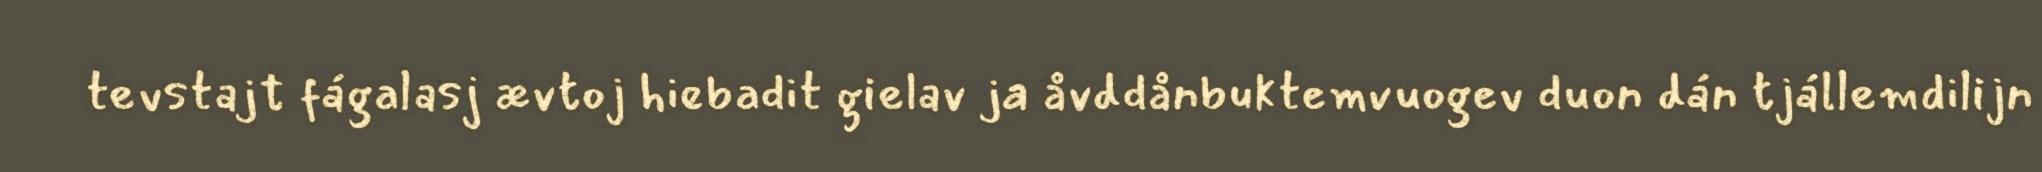
tevstajt fágalasj ævtoj hiebadit gielav ja åvddånbuktemvuogev duon dán tjállemdilijn